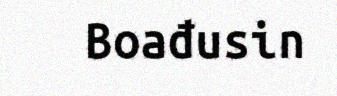
Boađusin